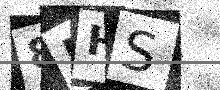
Text: 85HS